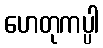
ဟေတုကပ္ပါ